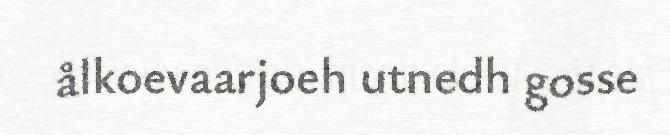
ålkoevaarjoeh utnedh gosse